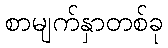
စာမျက်နှာတစ်ခု